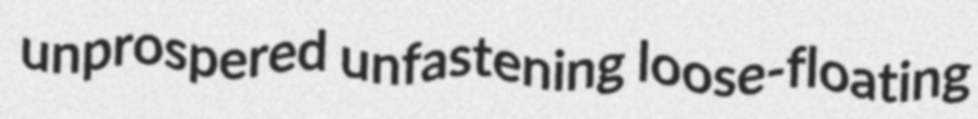
unprospered unfastening loose-floating